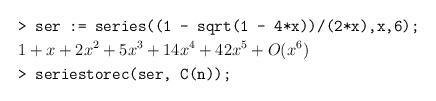
LaTeX: \begin{align*} &\texttt{> ser := series((1 - sqrt(1 - 4*x))/(2*x),x,6);}\\ & 1 + x + 2x^2 + 5x^3 + 14x^4 + 42x^5 + O(x^6)\\ &\texttt{> seriestorec(ser, C(n));}\end{align*}